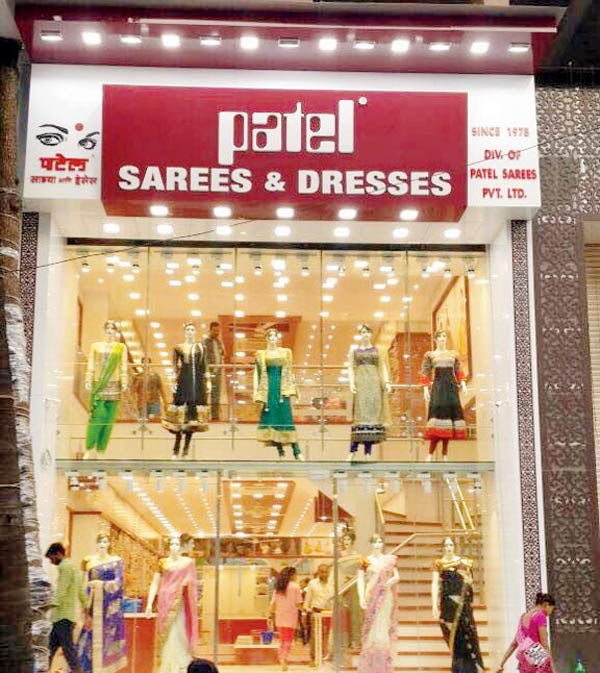
Language: marathi
Transcription: पटेल